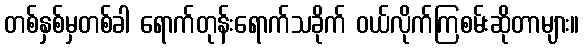
တစ်နှစ်မှတစ်ခါ ရောက်တုန်းရောက်သခိုက် ဝယ်လိုက်ကြစမ်းဆိုတာများ။